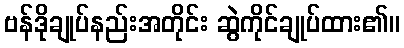
ဗန်ဒိုချုပ်နည်းအတိုင်း ဆွဲကိုင်ချုပ်ထား၏။